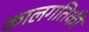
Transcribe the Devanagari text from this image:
कालगतिकी